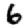
Digit: 6